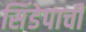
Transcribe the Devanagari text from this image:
सिंडेपाची